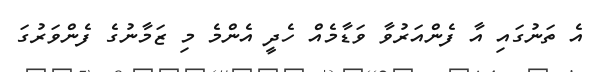
އެ ތަނުގައި އާ ފެންއަރުވާ ވަޑާމެއް ހެދީ އެންމެ މި ޒަމާނުގެ ފެންވަރުގަ